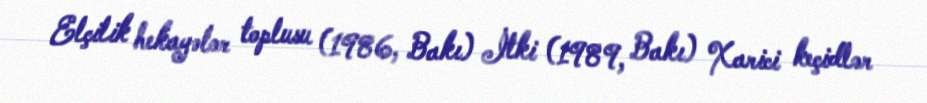
Elçilik hekayələr toplusu (1986, Bakı) İtki (1989, Bakı) Xarici keçidlər